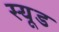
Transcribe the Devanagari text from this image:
स्‍यूड